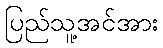
ပြည်သူ့အင်အား